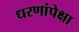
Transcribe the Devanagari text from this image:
धरणांपेक्षा